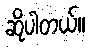
ဆိုပါတယ်။